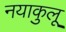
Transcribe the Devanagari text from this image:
नयाकुलू